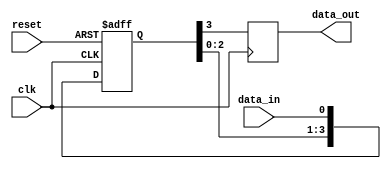
module four_flop_synchronizer (
    input wire clk,
    input wire reset,
    input wire data_in,
    output reg data_out
);

reg [3:0] sync_reg;

always @(posedge clk or posedge reset) begin
    if (reset) begin
        sync_reg <= 4'b0000;
    end else begin
        sync_reg <= {sync_reg[2:0], data_in};
    end
end

always @(posedge clk) begin
    data_out <= sync_reg[3];
end

endmodule